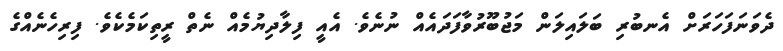
ދެވަނަފަހަރަށް އެނބުރި ބަލައިލަން މަޖުބޫރުވާފަދައެއް ނުނެވެ. އެއީ ފިލާދިޔުމެއް ނެތް ރީތިކަމެކެވެ. ފިރިހެނެއްގެ